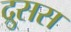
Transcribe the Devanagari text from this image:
द्रुसस